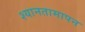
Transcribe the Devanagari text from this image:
श्यानतामापन